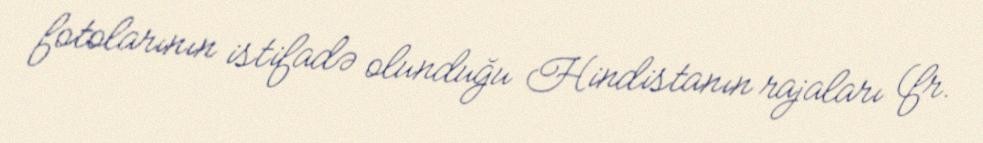
fotolarının istifadə olunduğu Hindistanın rajaları (fr.